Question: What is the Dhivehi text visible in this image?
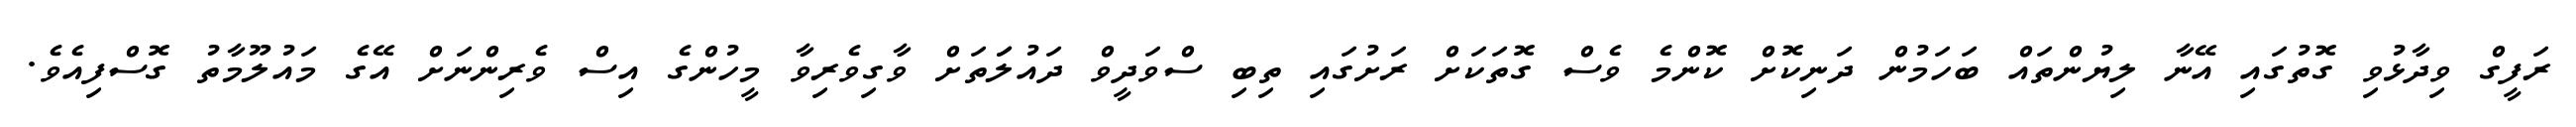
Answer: ރަފީގް ވިދާޅުވި ގޮތުގައި އޭނާ ލިޔުންތައް ބަހަމުން ދަނިކޮށް ކޮންމެ ވެސް ގޮތަކަށް ރަށުގައި ތިބި ސްވަދީވް ދައުލަަތަށް ވާގިވެރިވާ މީހުންގެ އިސް ވެރިންނަށް އޭގެ މައުލޫމާތު ގޮސްފިއެވެ.